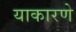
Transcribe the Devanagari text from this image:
याकारणे